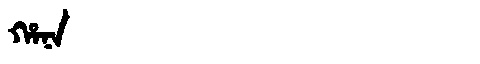
Manchu: ᡥᠠᠨᠠ
Romanization: HANA